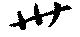
卅